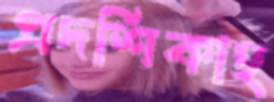
প্রদর্শিকাহ